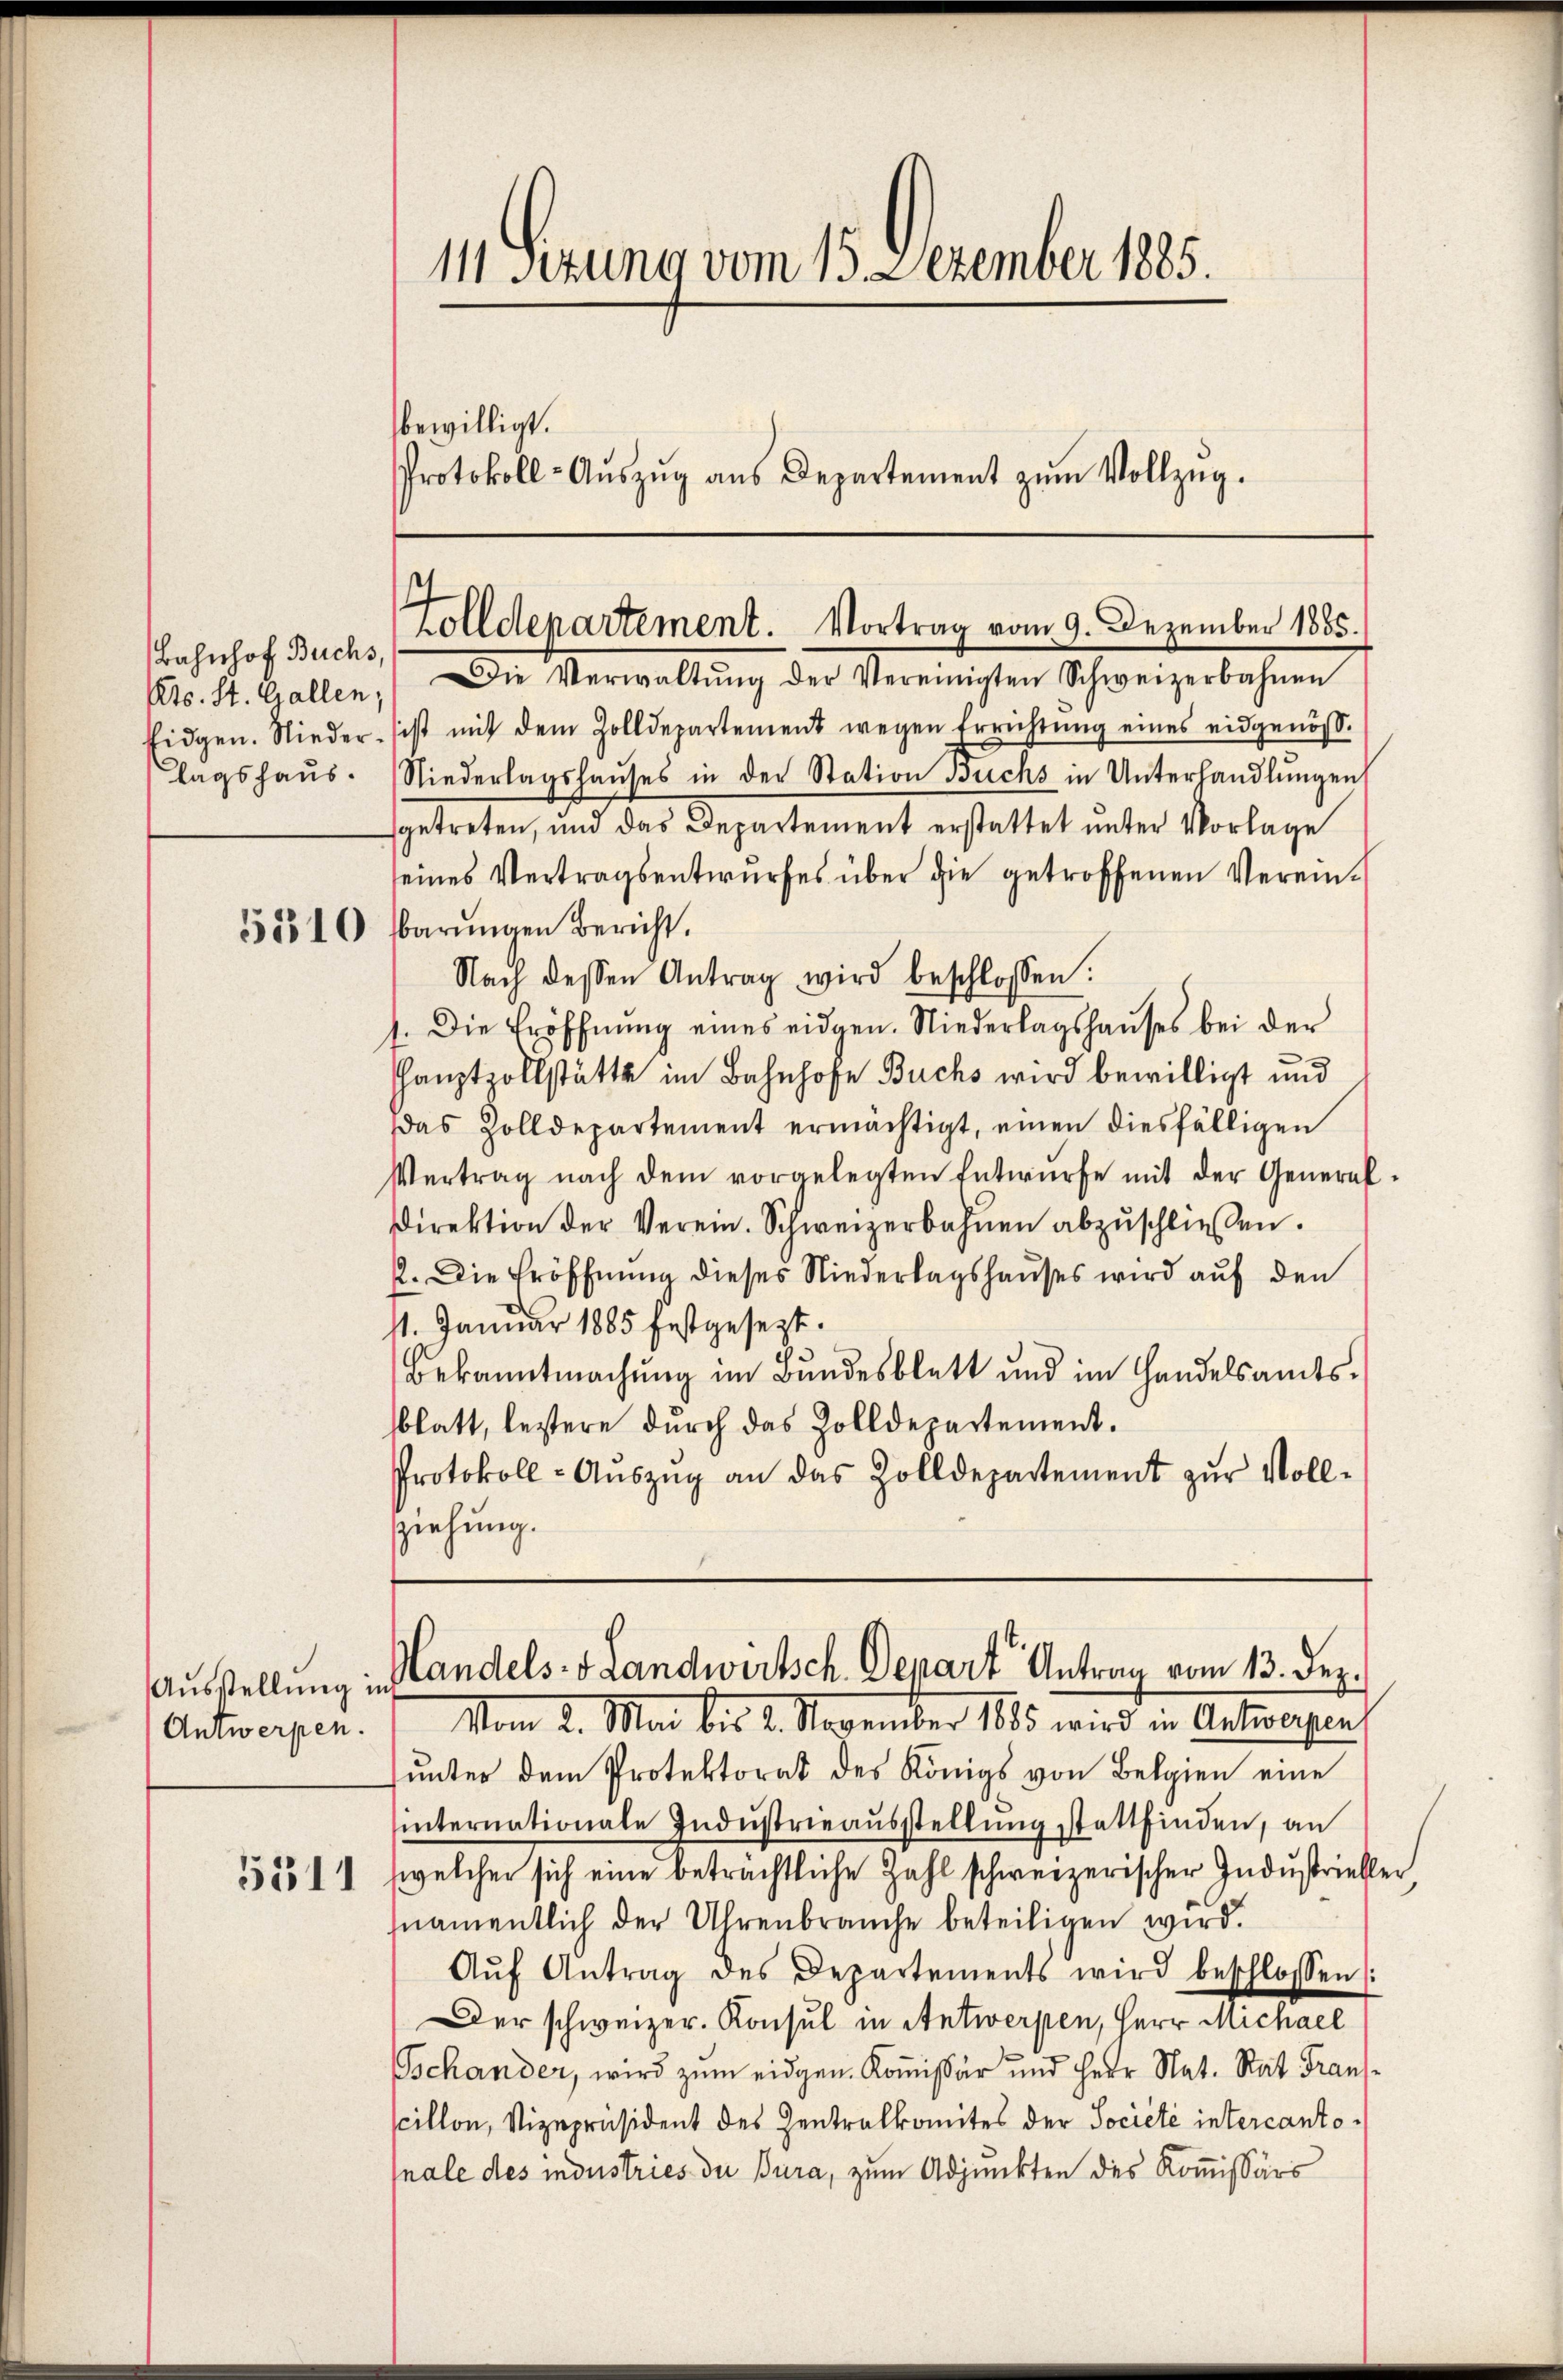
Bahnhof Buchs
lagshaus.

Antwerpen.

5311

11 Sezung vom 15. Dezember 1885.
bewilligt.
Protokoll-Aŭszŭg aŭs Departement zŭm Vollzŭg.

Zolldepartement. Vortrag vom 9. Dezember 1885.

Kts. St. Gallen, Die Verwaltŭng der Vereinigten Schweizerbahnen
Eidgen. Nieder ist mit dem Zolldepartement wegen Errichtŭng eines eidgenös-
Niederlagshaŭses in der Station Buchs in Unterhandlungen
getreten, und das Departement erstattet unter Vorlage
seines Vertragsentwurfes über die getroffenen Verein¬
58810 barŭngen Bericht.
Nach dessen Antrag wird beschlossen:
1. Die Eröffnŭng eines eidgen. Niederlagshauses bei der
Hauptzollstätte im Bahnhofe Buchs wird bewilligt und
Das Zolldepartement ermächtigt, einen diesfälligen
Vertrag nach dem vorgelegten Entwürfe mit der General-
Direktion der Verein. Schweizerbahnen abzŭschliessen.
2. Die Eröffnŭng dieses Niederlagshauses wird auf den
11. Januar 1885 festgesezt.
Bekanntmachung im Bundesblatt und im Handelsamtssblatt, leztere durch das Zolldepartement.
Protokoll-Aŭszŭg an das Zolldepartement zŭr Voll-
ziehung.

Ausstellung in Handels- & Landwirtsch. Depart Antrag vom 13. Dez.

Vom 2. Mai bis 2. November 1895 wird in Antworfen,
ŭnter dem Protektorat des Königs von Belgien eine
hinternationale Indŭstrieaŭsstellung stattfinden, an
welcher sich eine beträchtliche Zahl schweizerischer Industrieber
namentlich der Uhrenbrauche beteiligen wird.
Aŭf Antrag des Departements wird beschlossen :
Der schweizer. Konsul in Antwerpen, Herr Michael
Tschander, wird zum eidgen. Kommissär und Herr Nat. Rat Transscillon, Vizepräsident des Zentralkomites der Société intercantonale des industries du Jura, zum Adjunkten des Kommissärs